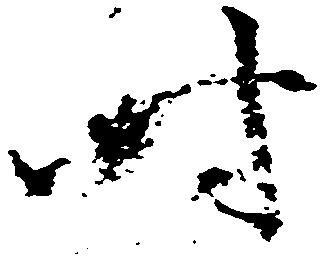
時